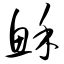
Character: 稣